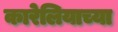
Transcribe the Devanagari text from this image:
कारेलियाच्या